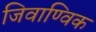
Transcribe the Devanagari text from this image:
जिवाण्विक